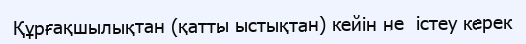
Құрғақшылықтан (қатты ыстықтан) кейін не  істеу керек